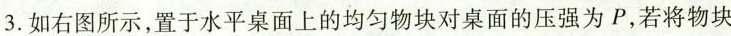
3.如右图所示，置于水平桌面上的均匀物块对桌面的压强为P，若将物块